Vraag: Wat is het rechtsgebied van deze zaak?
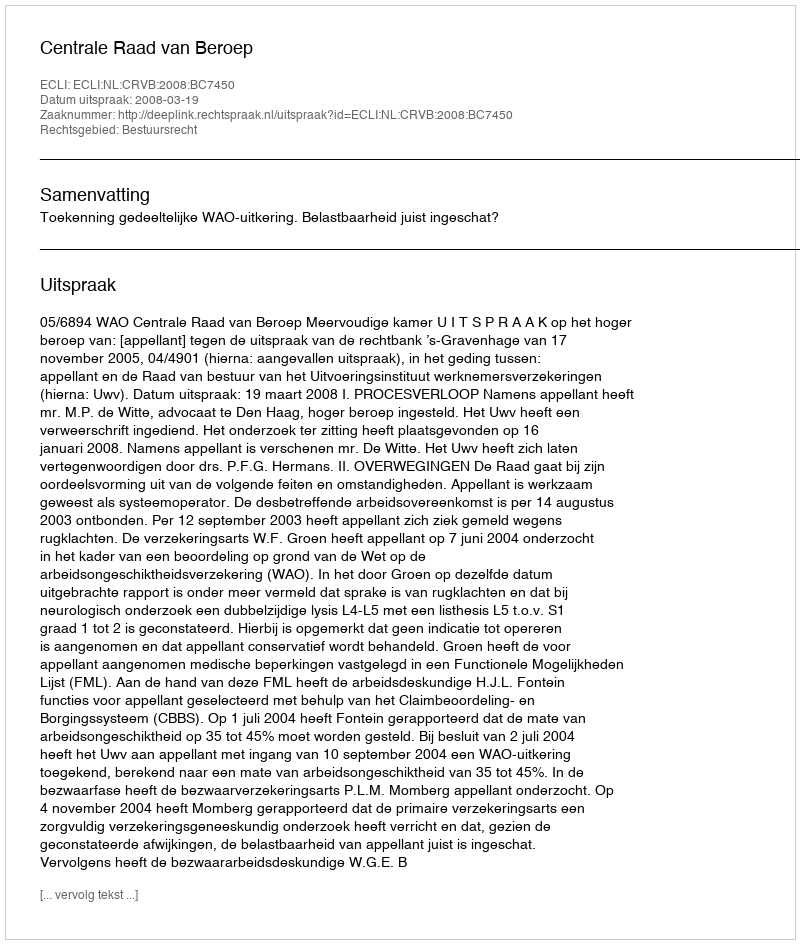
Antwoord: Bestuursrecht